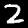
Label: 2